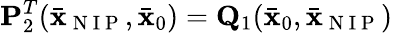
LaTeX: {\mathbf P}_{2}^{T}(\bar{\mathbf x}_{\mathrm{~N~I~P~}},\bar{\mathbf x}_{0})={\mathbf Q}_{1}(\bar{\mathbf x}_{0},\bar{\mathbf x}_{\mathrm{~N~I~P~}})